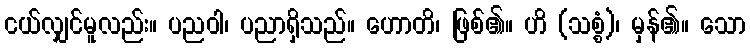
ငယ်လျှင်မူလည်း။ ပညဝါ၊ ပညာရှိသည်။ ဟောတိ၊ ဖြစ်၏။ ဟိ (သစ္စံ)၊ မှန်၏။ သော